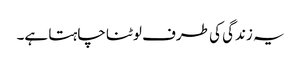
یہ زندگی کی طرف لوٹنا چاہتا ہے۔